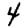
Digit: 4